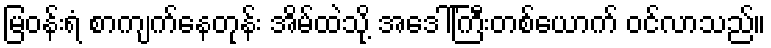
မြဝန်းရံ စာကျက်နေတုန်း အိမ်ထဲသို့ အဒေါ်ကြီးတစ်ယောက် ဝင်လာသည်။